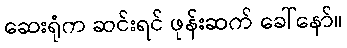
ဆေးရုံက ဆင်းရင် ဖုန်းဆက် ခေါ်နော်။